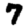
Digit: 7